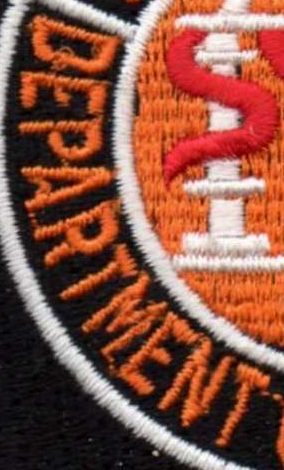
DEPARTMENT